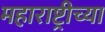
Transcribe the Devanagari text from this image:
महाराष्ट्रीच्या